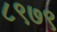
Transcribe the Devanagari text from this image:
८९७९